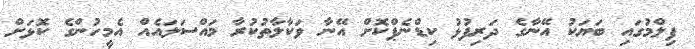
ފިލްމުގައި ބަޔަކު އޭނާގެ ދަރިފުޅު ކިޑްނެޕްކޮށް އޭނާ ވަކާލާތުކުރާ މައްސަލައެއް އެމީހުންގެ ކޮޅަށް